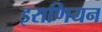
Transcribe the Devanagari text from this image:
इराणियन